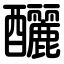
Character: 釃